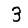
Digit: 3